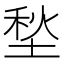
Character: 𱗕